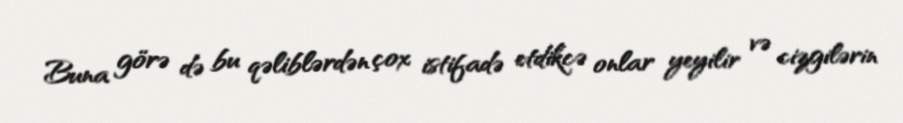
Buna görə də bu qəliblərdən çox istifadə etdikcə onlar yeyilir və cizgilərin